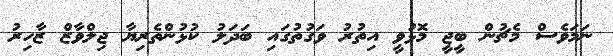
ނަމަވެސް މެޗުން ބީޖީ މޮޅުވީ އިތުރު ވަގުތުގައި ބަދަލު ކުޅުންތެރިޔާ ޖިލްވާޒް ޒާހިރު